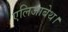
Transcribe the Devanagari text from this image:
एलिजाबेथ।